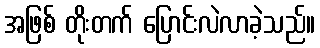
အဖြစ် တိုးတက် ပြောင်းလဲလာခဲ့သည်။